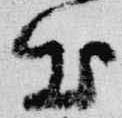
出